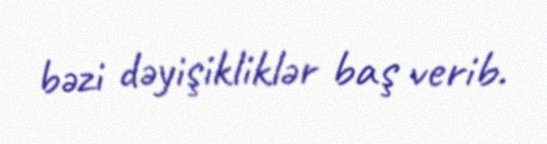
bəzi dəyişikliklər baş verib.